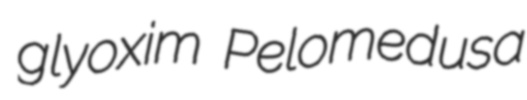
glyoxim Pelomedusa